Indian journal of veterinary science and animal husbandry - Volume 9,
Year: 1939
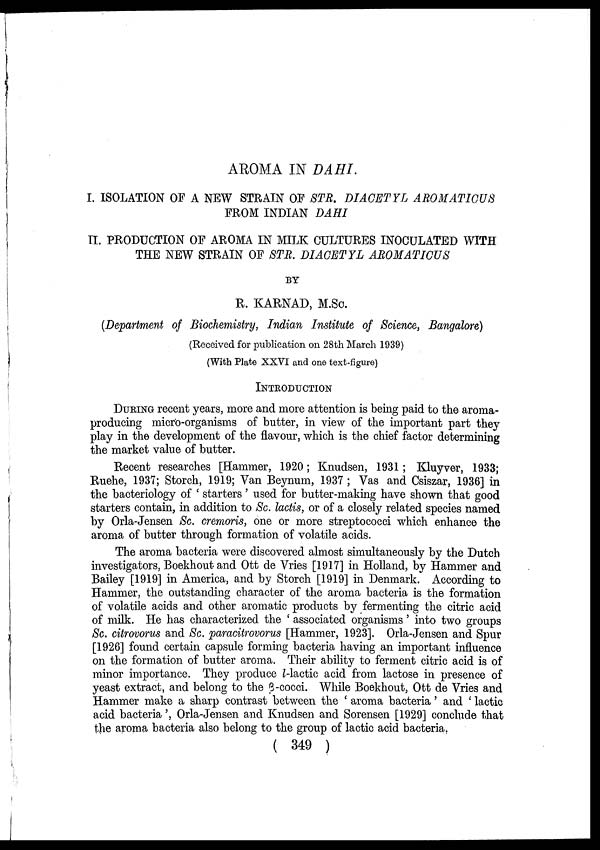
AROMA IN DAHI.
I. ISOLATION OF A NEW STRAIN OF STR. DIACETYL AROMATICUS
FROM INDIAN DAHI
II. PRODUCTION OF AROMA IN MILK CULTURES INOCULATED WITH
THE NEW STRAIN OF STR. DIACETYL AROMATICUS
BY
R. KARNAD, M.Sc.
(Department of Biochemistry, Indian Institute of Science, Bangalore)
(Received for publication on 28th March 1939)
(With Plate XXVI and one text-figure)
INTRODUCTION
DURING recent years, more and more attention is being paid to the aroma-
producing micro-organisms of butter, in view of the important part they
play in the development of the flavour, which is the chief factor determining
the market value of butter.
Recent researches [Hammer, 1920; Knudsen, 1931; Kluyver, 1933;
Ruehe, 1937; Storch, 1919; Van Beynum, 1937 ; Vas and Csiszar, 1936] in
the bacteriology of ' starters' used for butter-making have shown that good
starters contain, in addition to Sc. lactis, or of a closely related species named
by Orla-Jensen Sc. cremoris, one or more streptococci which enhance the
aroma of butter through formation of volatile acids.
The aroma bacteria were discovered almost simultaneously by the Dutch
investigators, Boekhout and Ott de Vries [1917] in Holland, by Hammer and
Bailey [1919] in America, and by Storch [1919] in Denmark. According to
Hammer, the outstanding character of the aroma bacteria is the formation
of volatile acids and other aromatic products by fermenting the citric acid
of milk. He has characterized the ' associated organisms' into two groups
Sc. citrovorus and Sc. paracitrovorus [Hammer, 1923]. Orla-Jensen and Spur
[1926] found certain capsule forming bacteria having an important influence
on the formation of butter aroma. Their ability to ferment citric acid is of
minor importance. They produce l-lactic acid from lactose in presence of
yeast extract, and belong to the β-cocci. While Boekhout, Ott de Vries and
Hammer make a sharp contrast between the ' aroma bacteria' and ' lactic
acid bacteria', Orla-Jensen and Knudsen and Sorensen [1929] conclude that
the aroma bacteria also belong to the group of lactic acid bacteria.
( 349 )